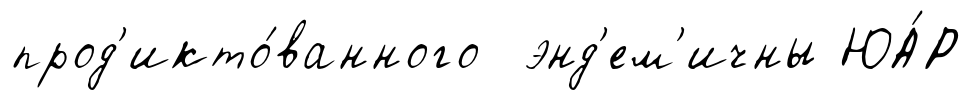
прод'икто́ванного энд'ем'ичны ЮА́Р